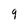
Character: 9